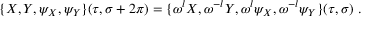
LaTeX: \{ X , Y , \psi _ { X } , \psi _ { Y } \} ( \tau , \sigma + 2 \pi ) = \{ \omega ^ { l } X , \omega ^ { - l } Y , \omega ^ { l } \psi _ { X } , \omega ^ { - l } \psi _ { Y } \} ( \tau , \sigma ) ~ .